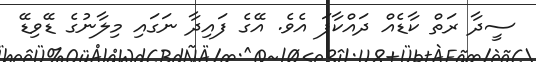
ސީދާ ރަތް ކާޑެއް ދައްކާފަ އެވެ. އޭގެ ފައިދާ ނަގައި މިލާނުގެ ޑޭވިޑޭ